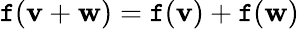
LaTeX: \mathtt{f}(\mathbf{{v}}+\mathbf{{w}})=\mathtt{f}(\mathbf{{v}})+\mathtt{f}(\mathbf{{w}})